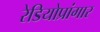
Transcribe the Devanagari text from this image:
रेडियोप्रांगार